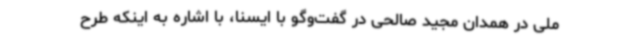
ملی در همدان مجید صالحی در گفت‌وگو با ایسنا، با اشاره به اینکه طرح